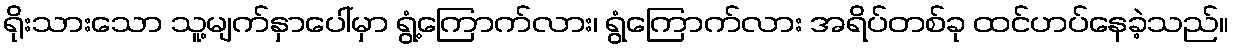
ရိုးသားသော သူ့မျက်နှာပေါ်မှာ ရွံ့ကြောက်လား၊ ရွံကြောက်လား အရိပ်တစ်ခု ထင်ဟပ်နေခဲ့သည်။